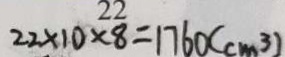
2 2 \times 1 0 \times 8 = 1 7 6 0 ( c m ^ { 3 } )